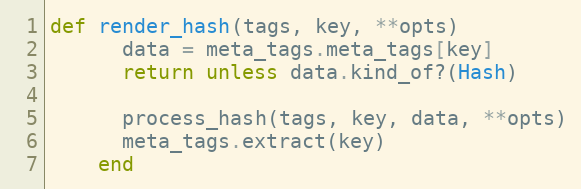
Language: Ruby
def render_hash(tags, key, **opts)
      data = meta_tags.meta_tags[key]
      return unless data.kind_of?(Hash)

      process_hash(tags, key, data, **opts)
      meta_tags.extract(key)
    end